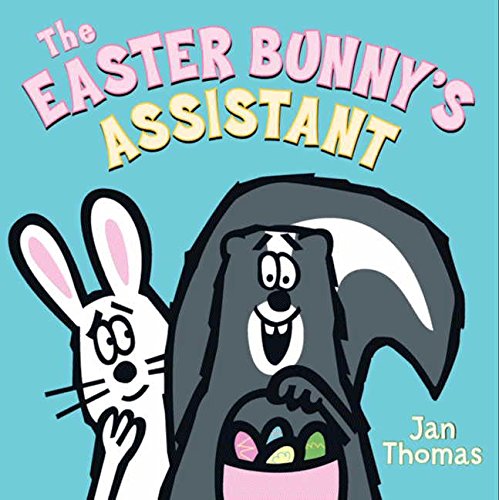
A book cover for The Easter Bunny's Assistant; Jan Thomas; Children's Books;